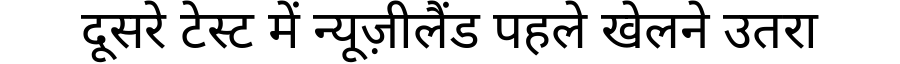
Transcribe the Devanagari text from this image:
दूसरे टेस्ट में न्यूज़ीलैंड पहले खेलने उतरा